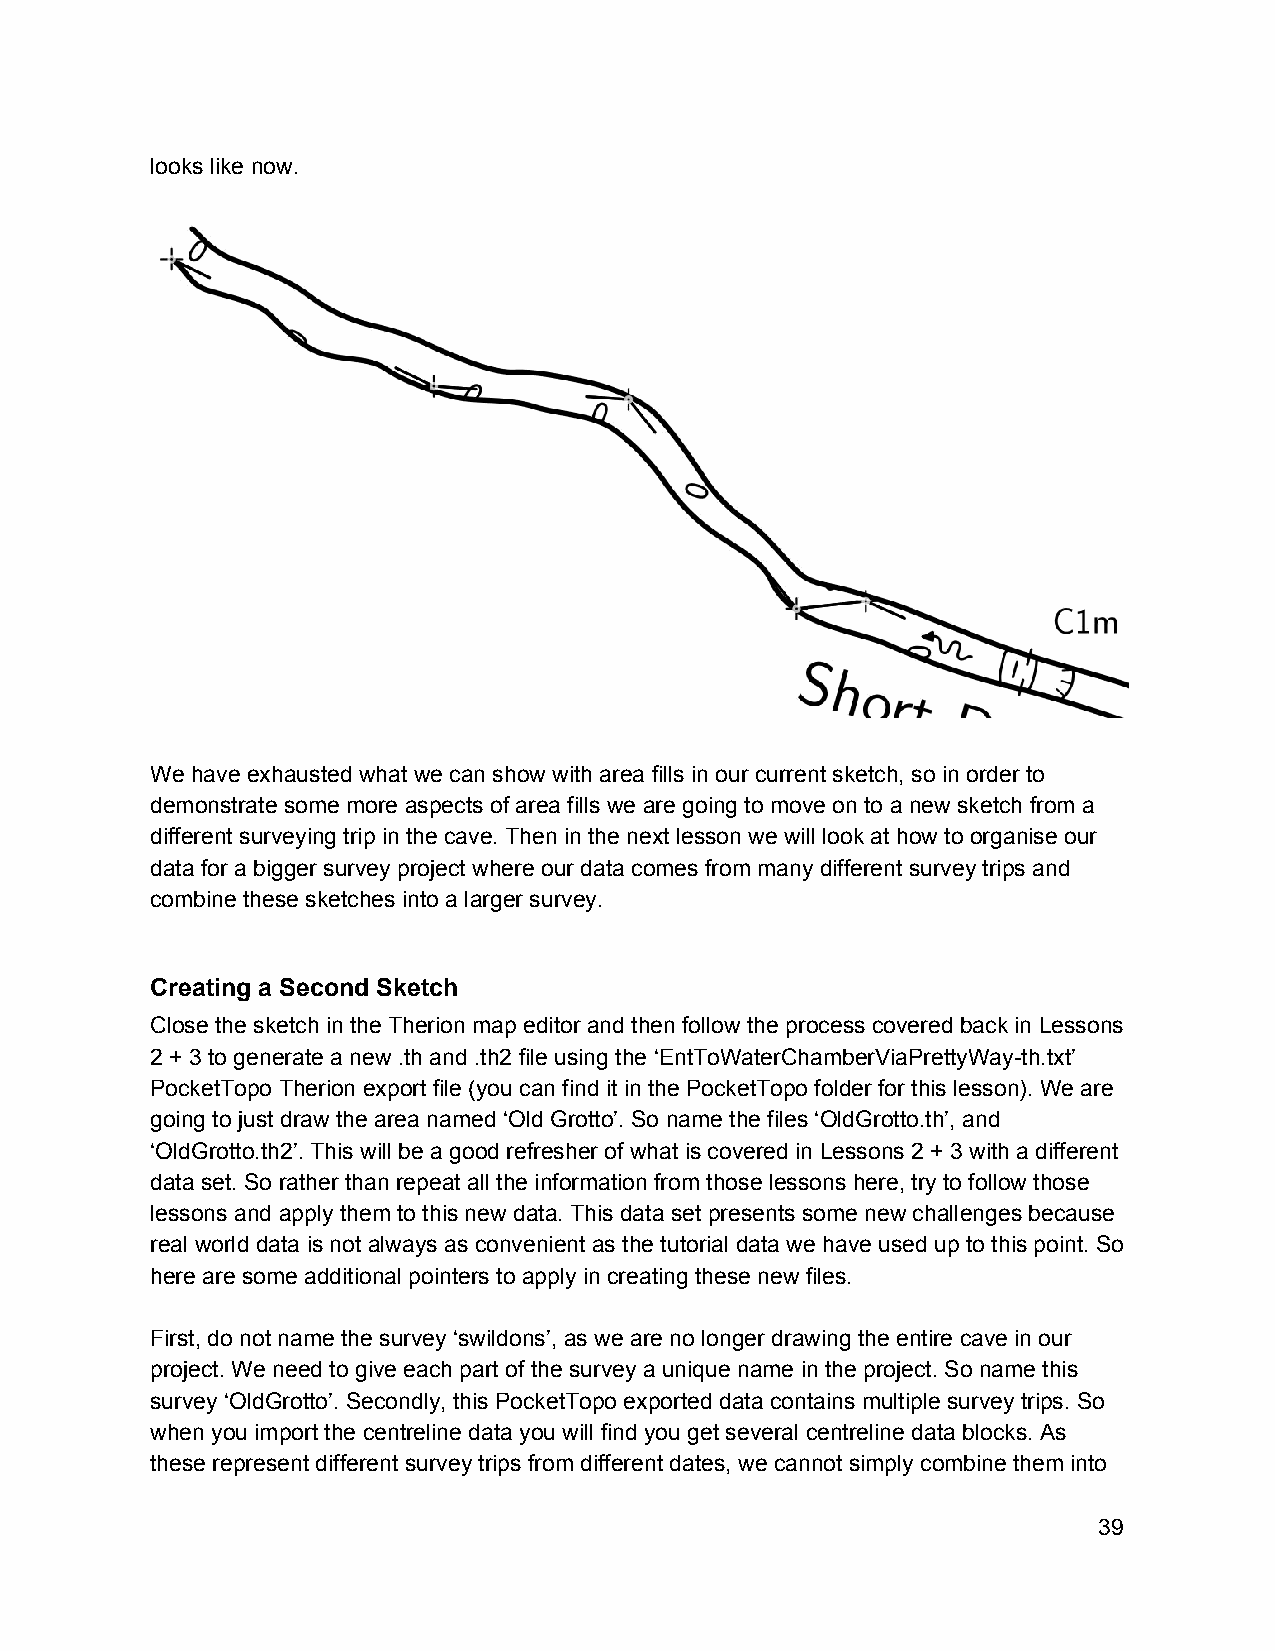
looks like now.
 We have exhausted what we can show with area fills in our current sketch, so in order to
 demonstrate some more aspects of area fills we are going to move on to a new sketch from a
 different surveying trip in the cave. Then in the next lesson we will look at how to organise our
 data for a bigger survey project where our data comes from many different survey trips and
 combine these sketches into a larger survey.
 Creating a Second Sketch
 Close the sketch in the Therion map editor and then follow the process covered back in Lessons
 2 + 3 to generate a new .th and .th2 file using the ‘EntToWaterChamberViaPrettyWay­th.txt’
 PocketTopo Therion export file (you can find it in the PocketTopo folder for this lesson). We are
 going to just draw the area named ‘Old Grotto’. So name the files ‘OldGrotto.th’, and
 ‘OldGrotto.th2’. This will be a good refresher of what is covered in Lessons 2 + 3 with a different
 data set. So rather than repeat all the information from those lessons here, try to follow those
 lessons and apply them to this new data. This data set presents some new challenges because
 real world data is not always as convenient as the tutorial data we have used up to this point. So
 here are some additional pointers to apply in creating these new files.
 First, do not name the survey ‘swildons’, as we are no longer drawing the entire cave in our
 project. We need to give each part of the survey a unique name in the project. So name this
 survey ‘OldGrotto’. Secondly, this PocketTopo exported data contains multiple survey trips. So
 when you import the centreline data you will find you get several centreline data blocks. As
 these represent different survey trips from different dates, we cannot simply combine them into
 39